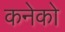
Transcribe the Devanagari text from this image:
कनेको